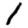
Digit: 1